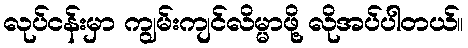
လုပ်ငန်းမှာ ကျွမ်းကျင်လိမ္မာဖို့ လိုအပ်ပါတယ်။